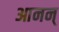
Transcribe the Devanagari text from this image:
आनन्